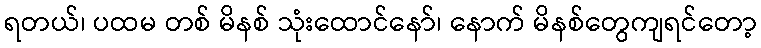
ရတယ်၊ ပထမ တစ် မိနစ် သုံးထောင်နော်၊ နောက် မိနစ်တွေကျရင်တော့